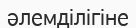
әлемділігіне